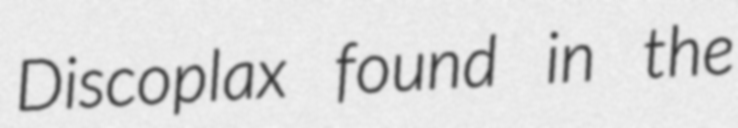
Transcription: Discoplax found in the